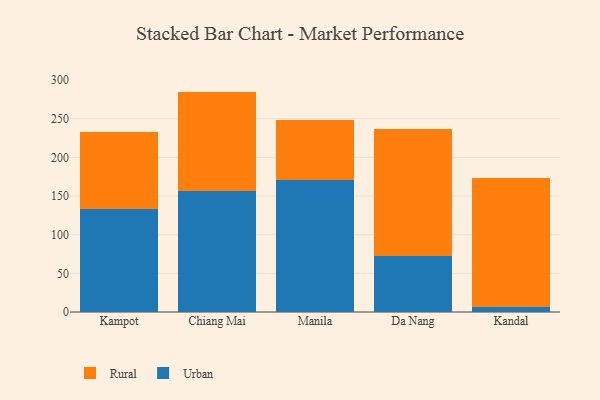
{"axis": {"x": "City", "y": "Net Income (USD K)"}, "legend": ["Rural", "Urban"], "data": [{"x": "Kampot", "y": 133.1, "type": "Urban"}, {"x": "Kampot", "y": 100.0, "type": "Rural"}, {"x": "Chiang Mai", "y": 156.9, "type": "Urban"}, {"x": "Chiang Mai", "y": 128.2, "type": "Rural"}, {"x": "Manila", "y": 170.7, "type": "Urban"}, {"x": "Manila", "y": 77.2, "type": "Rural"}, {"x": "Da Nang", "y": 71.8, "type": "Urban"}, {"x": "Da Nang", "y": 164.5, "type": "Rural"}, {"x": "Kandal", "y": 7.0, "type": "Urban"}, {"x": "Kandal", "y": 166.8, "type": "Rural"}]}